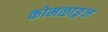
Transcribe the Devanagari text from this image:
कोमळाङ्गज